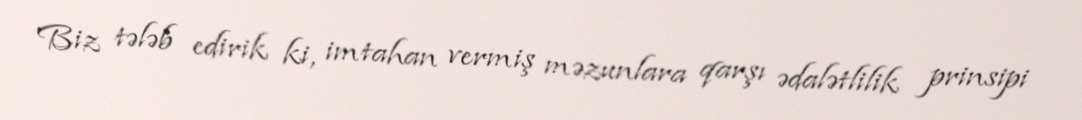
Biz tələb edirik ki, imtahan vermiş məzunlara qarşı ədalətlilik prinsipi